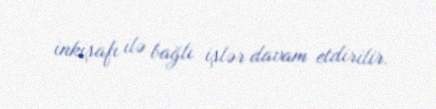
inkişafı ilə bağlı işlər davam etdirilir.